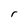
Character: r